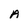
Character: A